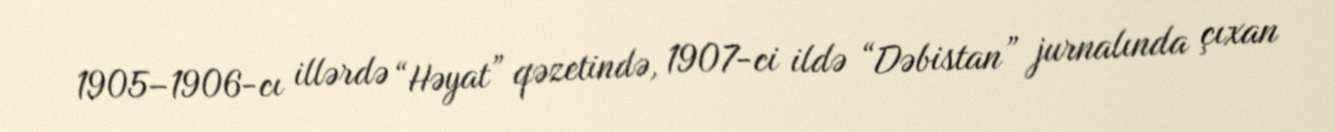
1905–1906-cı illərdə “Həyat” qəzetində, 1907-ci ildə “Dəbistan” jurnalında çıxan